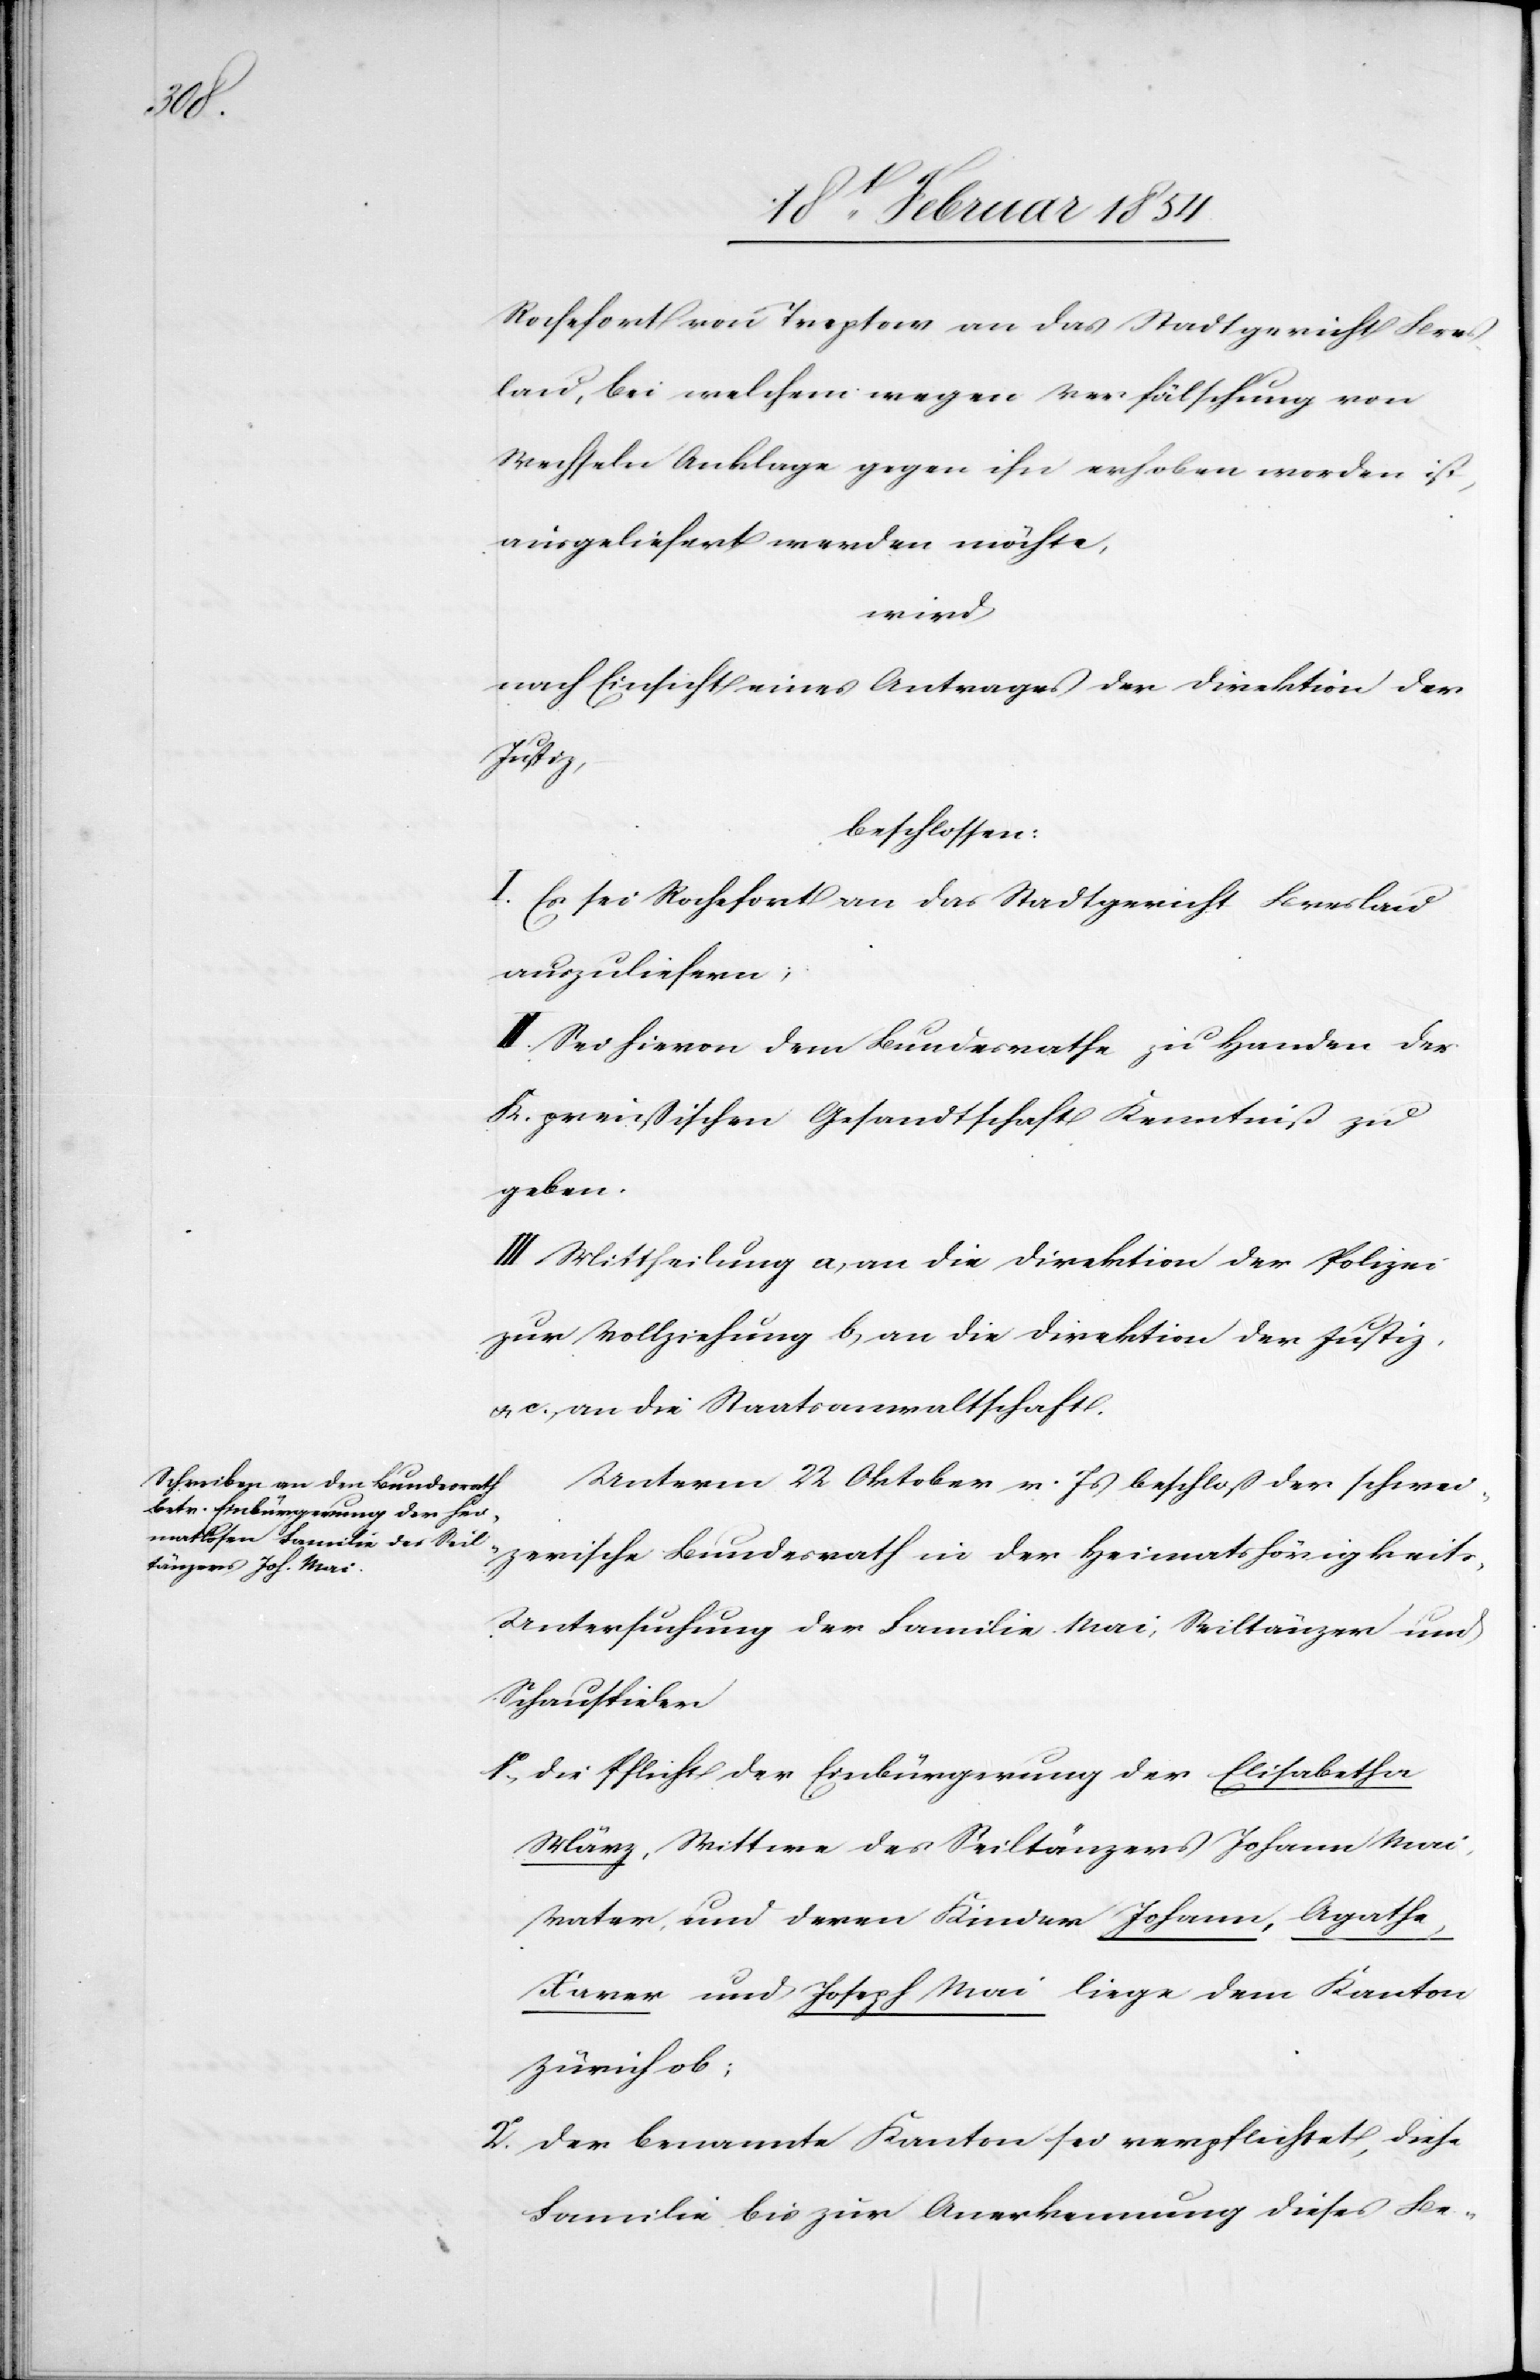
Rochefort von Treptow an das Stadtgericht Bres¬
lau, bei welchem wegen Verfälschung von
Wechseln Anklage gegen ihn erhoben worden ist,
ausgeliefert werden möchte,
wird
nach Einsicht eines Antrages der Direktion der
Justiz,
beschlossen:
I. Es sei Rochefort an das Stadtgericht Breslau
auszuliefern;
II. Sei hievon dem Bundesrathe zu Handen der
k. preußischen Gesandtschaft Kenntniß zu
geben.
III. Mittheilung a) an die Direktion der Polizei
zur Vollziehung b) an die Direktion der Justiz
u. c.) an die Staatsanwaltschaft.
Unterm 22 Oktober v. Js beschloß der schwei¬
zerische Bundesrath in der Heimatshörigkeit¬
s-Untersuchung der Familie Mai, Seiltänzer und
Schauspieler
1o Die Pflicht der Einbürgerung der Elisabetha
März, Wittwe des Seiltänzers Johann Mai,
Vater, und deren Kinder Johann, Agathe,
Xaver und Joseph Mai liege dem Kanton
Zürich ob;
2o Der benannte Kanton sei verpflichtet, diese
Familie bis zur Anerkennung dieses Be-